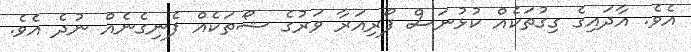
އެވެ. އާދައިގެ ގިގުތަކެއް ކުޅުނަސް ފޯރިއަރާ ވަރުގެ ޝޯތަކެއް ފެނިގެނެއް ނުދެ އެވެ.